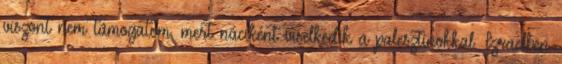
viszont nem támogatom, mert náciként viselkedik a palesztinokkal. Izraelben